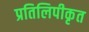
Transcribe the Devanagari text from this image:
प्रतिलिपीकृत